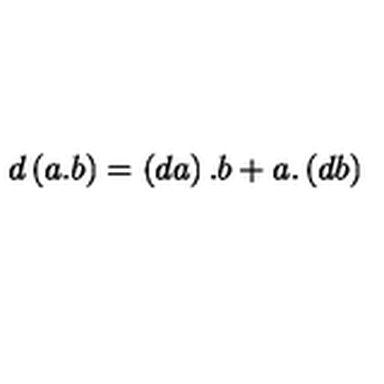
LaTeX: d \left( a . b \right) = \left( d a \right) . b + a . \left( d b \right)